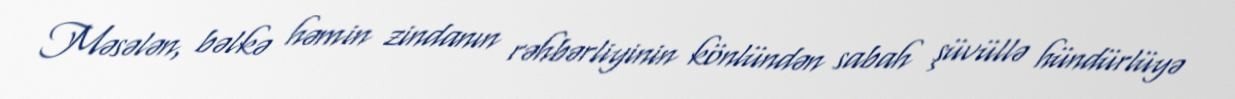
Məsələn, bəlkə həmin zindanın rəhbərliyinin könlündən sabah şüvüllə hündürlüyə